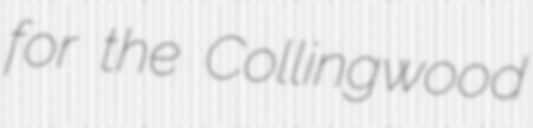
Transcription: for the Collingwood